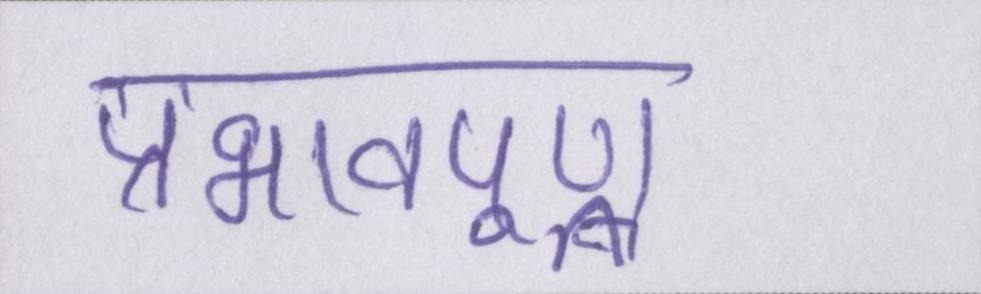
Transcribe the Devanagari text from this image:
प्रभावपूण्र